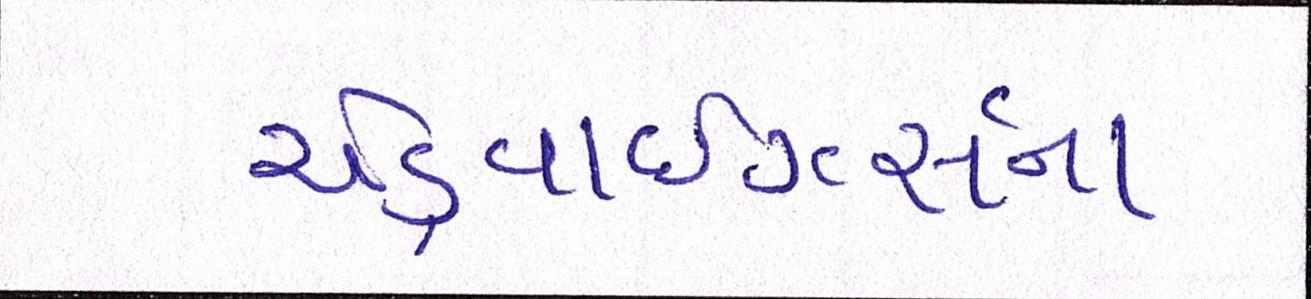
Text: એડ્વાઇઝર્સના